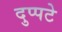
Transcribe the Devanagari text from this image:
दुप्पटे